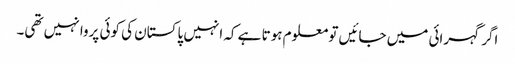
اگر گہرائی میں جائیں تو معلوم ہوتا ہے کہ انہیں پاکستان کی کوئی پروا نہیں تھی۔